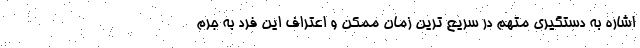
اشاره به دستگیری متهم در سریع ترین زمان ممکن و اعتراف این فرد به جرم